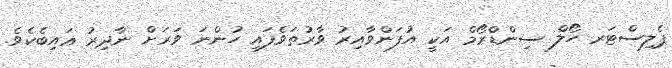
ޕެލިސްޓަރ ހޯލް ސިންޑްރޯމް އަކީ އުފަންވާއިރު ވާރުތަވެފައި ހުންނަ ވަރަށް ނާދިރު ޢައިބެކެވެ.